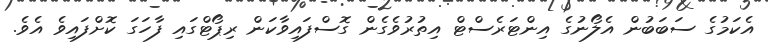
އެކަމުގެ ސަބަބުން އެލޯނުގެ އިންޓަރެސްޓް އިތުރުވެގެން ގޮސްފައިވާކަން ރިޕޯޓްގައި ފާހަގަ ކޮށްފައިވެ އެވެ.